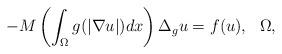
LaTeX: \begin{align*}-M\left( \int_{\Omega}g(\vert \nabla u\vert)dx\right)\Delta_g u=f(u),\ \ \Omega, \end{align*}